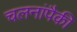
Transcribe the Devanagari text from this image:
चलनांपैकी